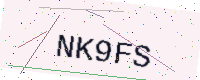
Text: NK9FS